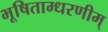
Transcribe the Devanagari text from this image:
भूषिताम्धरणीम्